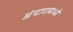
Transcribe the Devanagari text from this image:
अंधारामध्ये